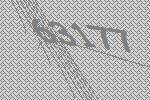
63177